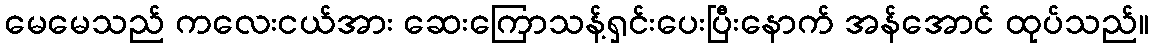
မေမေသည် ကလေးငယ်အား ဆေးကြောသန့်ရှင်းပေးပြီးနောက် အန်အောင် ထုပ်သည်။